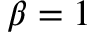
\beta = 1